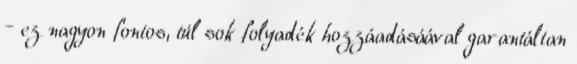
– ez nagyon fontos, túl sok folyadék hozzáadásáával garantáltan